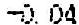
-0.04